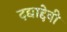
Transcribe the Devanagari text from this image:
दद्याद्देवी